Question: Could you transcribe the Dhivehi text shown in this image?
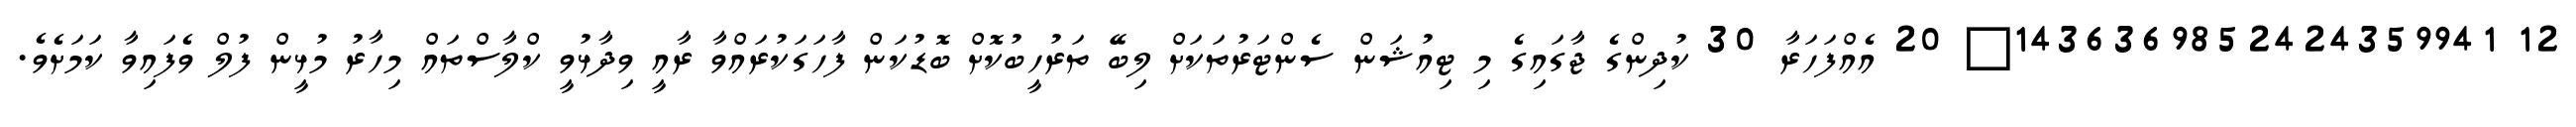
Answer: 12 1436369852424359941? 20 އެއްފަހަރާ 30 ކުދިންގެ ޖާގައިގެ މި ޓިއުޝަން ސެންޓަރުތަކަށް ލިބޭ ތަރުހީބުކޮށް ބޮޑުކަން ފާހަގަކުރައްވާ ރާއީ ވިދާޅުވީ ކްލާސްތައް މިހާރު މުޅީން ފުލް ވެފައިވާ ކަމަށެވެ.